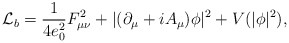
\begin{align*}{\cal L}_b=\frac{1}{4e_0^2}F_{\mu\nu}^2+|(\partial_\mu+iA_\mu)\phi|^2+V(|\phi|^2),\end{align*}